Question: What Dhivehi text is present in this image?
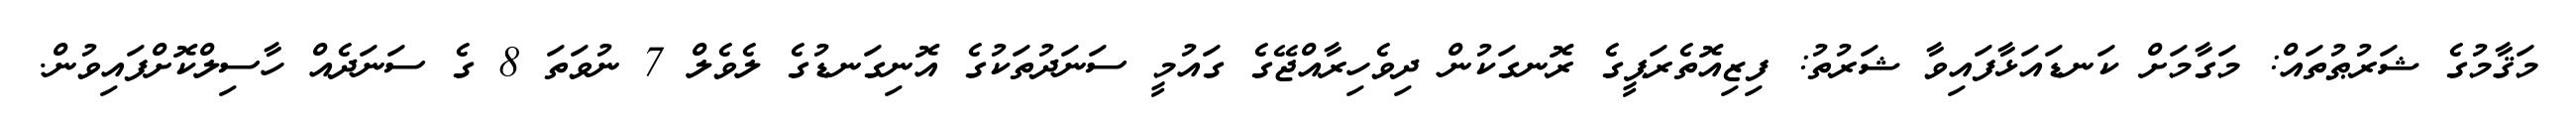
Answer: މަޤާމުގެ ޝަރުޠުތައް: މަގާމަށް ކަނޑައަޅާފައިވާ ޝަރުތު: ފިޒިއޮތެރަޕީގެ ރޮނގަކުން ދިވެހިރާއްޖޭގެ ގައުމީ ސަނަދުތަކުގެ އޮނިގަނޑުގެ ލެވެލް 7 ނުވަތަ 8 ގެ ސަނަދެއް ހާސިލްކޮށްފައިވުން.